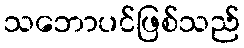
သဘောပင်ဖြစ်သည်